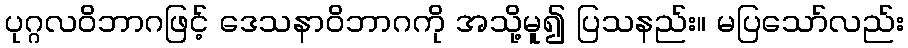
ပုဂ္ဂလဝိဘာဂဖြင့် ဒေသနာဝိဘာဂကို အသို့မူ၍ ပြသနည်း။ မပြသော်လည်း